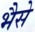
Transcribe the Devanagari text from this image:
भैसे